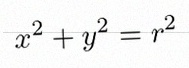
x^2+y^2=r^2